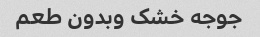
جوجه خشک وبدون طعم